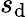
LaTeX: s_{\mathrm{d}}